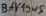
Text: BAV19WS